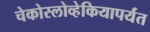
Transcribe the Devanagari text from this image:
चेकोस्लोव्हेकियापर्यंत